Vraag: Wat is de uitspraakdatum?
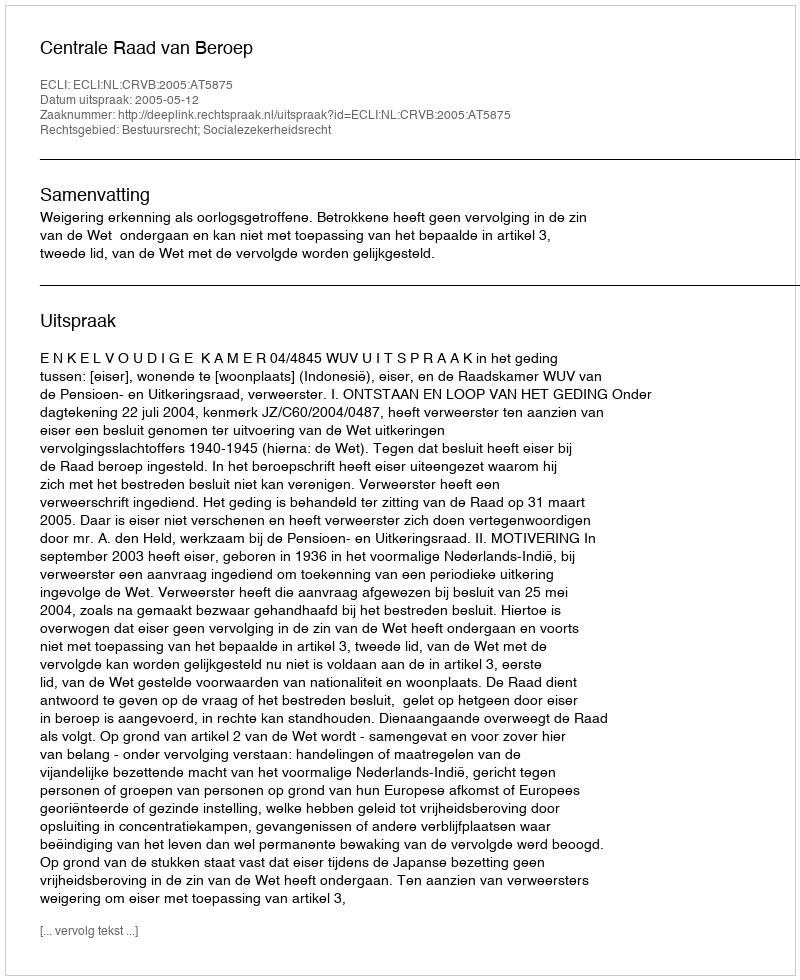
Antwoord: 2005-05-12